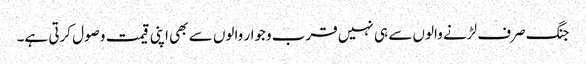
جنگ صرف لڑنے والوں سے ہی نہیں قرب وجوار والوں سے بھی اپنی قیمت وصول کرتی ہے۔